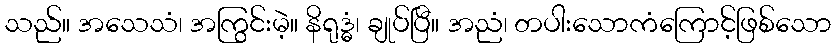
သည်။ အသေသံ၊ အကြွင်းမဲ့။ နိရုဒ္ဓံ၊ ချုပ်ပြီ။ အညံ၊ တပါးသောကံကြောင့်ဖြစ်သော